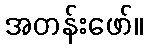
အတန်းဖော်။